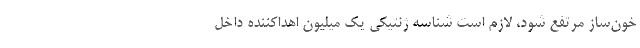
خون‌ساز مرتفع شود، لازم است شناسه ژنتیكی یك میلیون اهداكننده داخل